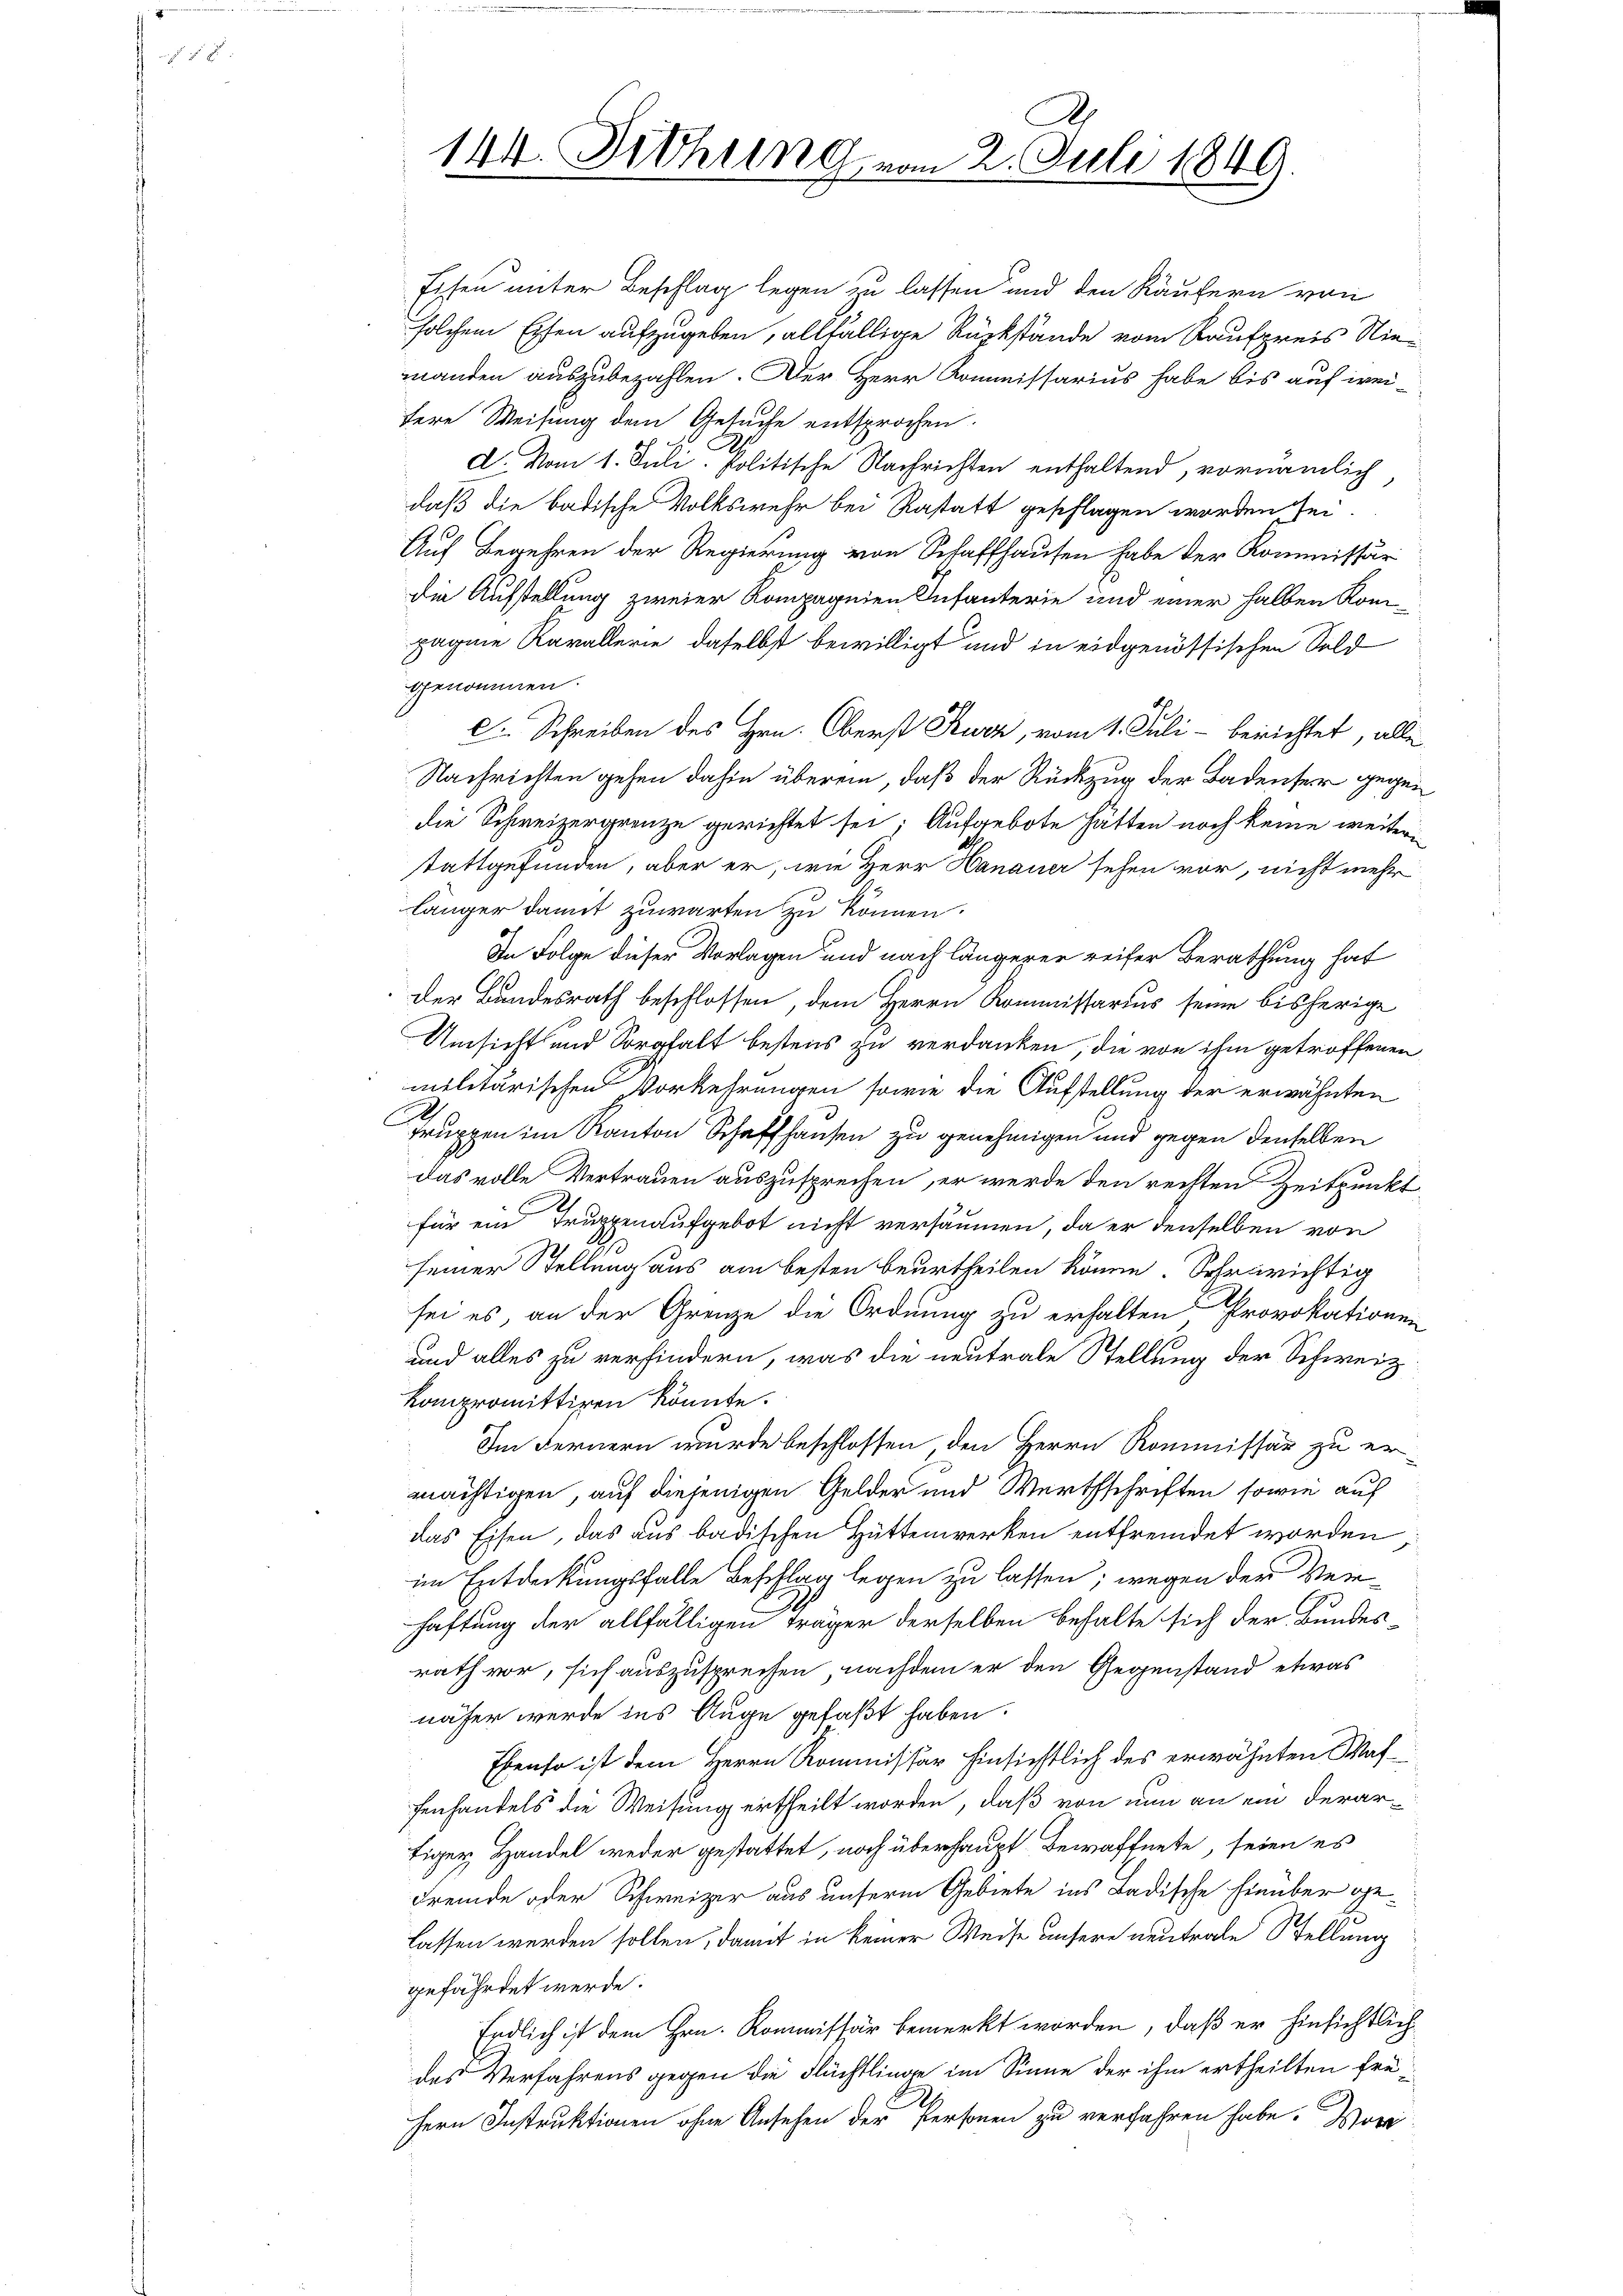
Eisen unter Beschlag legen zu lassen und den Käufern von
solchem Eisen aufzugeben, allfällige Rückstände vom Kaufpreis Niemanden auszubezahlen. Der Herr Kommissarius habe bis auf wei-
tere Weisung dem Gesuche entsprochen.
d. Vom 1. Juli politische Nachrichten enthaltend, vornämlich
daß die badische Volkswehr bei Rastatt geschlagen worden sei.
Auf Begehren der Regierung von Schaffhausen habe der Kommissär
die Aufstellung zweier Kompagnien Infanterie und einer halben Kompagene Kavallerie, daselbst bewilligt und in eidgenössischen Sold
genommen.
c. Schreiben des Hrn. Oberst Sturz, vom 1. Juli - berichtet, alle
Nachrichten gehen dahin überein, daß der Rückzug der Badenser gegen
die Schweizergrenze gerichtet sei; Aufgebote hätten noch keine weiteri
stattgefunden, aber er, wie Herr Hanauer sehen vor, nicht mehr
länger damit zuwarten zu können.
In Folge dieser Vorlagen und nach längerer reifer Berathung hat
der Bundesrath beschlossen, dem Herrn Kommissarius seine bisherige
Umsicht und Sorgfalt bestens zu verdanken, die von ihm getroffenen
militärischen Vorkehrungen sowie die Aufstellung der erwähnten
truppen im Kanton Schaffhausen zu genehmigen und gegen denselben
das volle Vertrauen auszusprechen, er werde den rechten Zeitpunkt
für ein Truppenaufgebot nicht versäumen, da er denselben von
seiner Stellung aus am besten beurtheilen könne. Sehrarichtig
sei es an der Grenze die Ordnung zu erhalten, Provokationen
und alles zu verhindern, was die neutrale Stellung der Schweiz.
Kompromittiren könnte.
Im Fernern wurde beschlossen, den Herrn Kommissär zu ermächtigen, auf diejenigen Gelder und Werthschriften sowie auf
das Eisen, das aus badischen Hüttenwerken entfremdet worden:
im Entdeckungsfalle Beschlag legen zu lassen; wegen der Verhaftung der allfälligen Träger derselben behalte sich der Bundesrath vor, sich auszusprechen, nachdem er den Gegenstand etwas
näher werde ins Auge gefaßt haben.
Ebenso ist dem Herrn Kommissär hinsichtlich des erwähnten Waffenhandels die Weisung ertheilt worden, daß von nun an ein derartiger Handel weder gestattet, noch überhaupt Bewaffnete, seien es
Fremde oder Schweizer aus unserm Gebiete ins Badische hinüber gelassen werden sollen, damit in keiner Weise unsere neutrale Stellung
gefährdet werde.
Endlich ist dem Hrn. Kommissär bemerkt worden, daß er hinsichtlich
des Verfahrens gegen die Flüchtlinge im Sinne der ihm ertheilten frü¬
Hern Instruktionen ohne Ansehen der Personen zu verfahren habe. Wor

144. Dithung vom 2. Juli 1849.